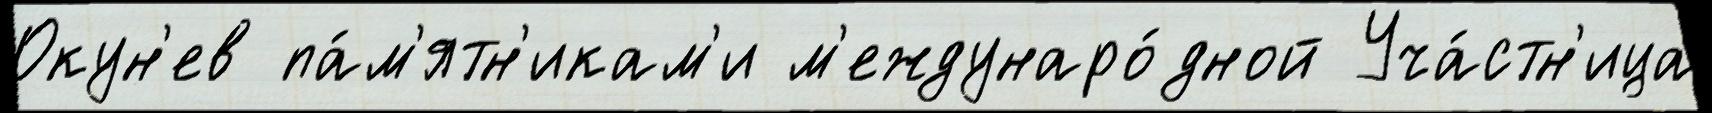
Окун'ев па́м'ятн'икам'и м'еждунаро́дной Уча́стн'ица